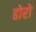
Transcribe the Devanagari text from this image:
ढोरो